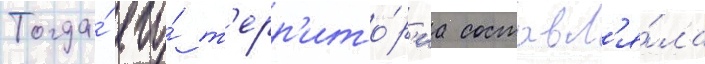
Тогда́ его́ т'ерр'ито́р'иа составл'я́ла